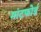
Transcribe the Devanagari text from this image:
मांटफोर्ड